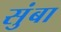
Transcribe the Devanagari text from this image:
सुंबा